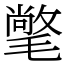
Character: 氅